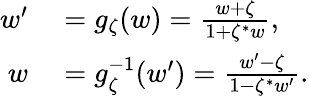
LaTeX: \begin{array}{rl}{w^{\prime}}&{{}=g_{\zeta}(w)=\frac{w+\zeta}{1+\zeta^{*}w},}\\ {w}&{{}=g_{\zeta}^{-1}(w^{\prime})=\frac{w^{\prime}-\zeta}{1-\zeta^{*}w^{\prime}}.}\end{array}